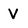
Character: V